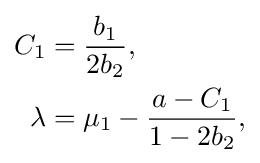
{\begin{aligned}C_{1}&={\frac {b_{1}}{2b_{2}}},\\\lambda &=\mu _{1}-{\frac {a-C_{1}}{1-2b_{2}}},\end{aligned}}